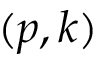
( p , k )